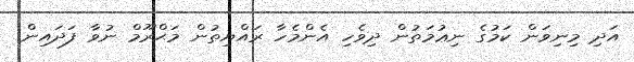
އަދި މިނިވަން ކަމުގެ ނިޢުމަތުން ދިވެހި އެންމެހާ ރައްޔިތުން މަަޙްރޫމް ނުވާ ފަދައިން